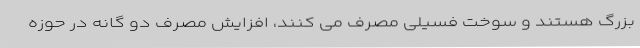
بزرگ هستند و سوخت فسیلی مصرف می کنند، افزایش مصرف دو گانه در حوزه